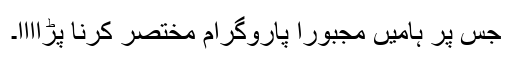
جس پر ہامیں مجبورا پاروگرام مختصر کرنا پڑاااا۔